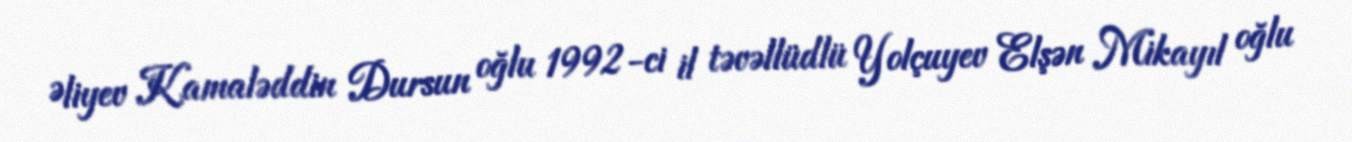
Əliyev Kamaləddin Dursun oğlu 1992-ci il təvəllüdlü Yolçuyev Elşən Mikayıl oğlu